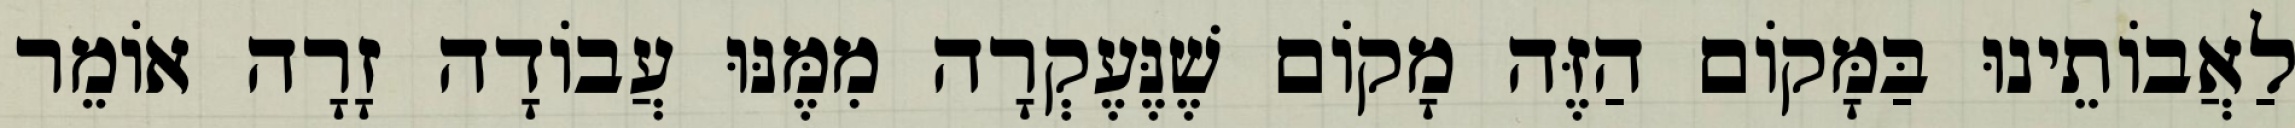
לַאֲבוֹתֵינוּ בַּמָּקוֹם הַזֶּה מָקוֹם שֶׁנֶּעֶקְרָה מִמֶּנּוּ עֲבוֹדָה זָרָה אוֹמֵר